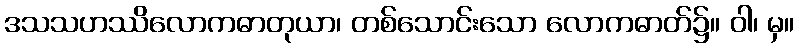
ဒသသဟဿိလောကဓာတုယာ၊ တစ်သောင်းသော လောကဓာတ်၌။ ဝါ၊ မှ။